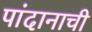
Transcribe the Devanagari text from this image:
पांदानाची